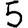
Digit: 5